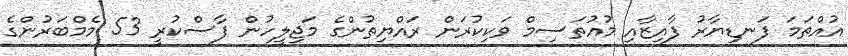
އުއްތަމަ ފަނޑިޔާރު ފާއިޒާއި މުއުތަސިމް ވަކިކުރަން ރައްޔިތުންގެ މަޖިލީހުން ފާސްކުރީ 53 މެމްބަރުންގެ